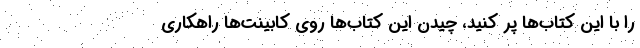
را با این کتاب‌ها پر کنید، چیدن این کتاب‌ها روی کابینت‌ها راهکاری